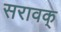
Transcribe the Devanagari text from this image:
सरावक्